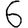
Digit: 6